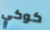
كوكي